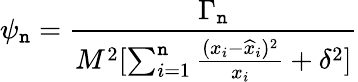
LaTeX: \psi_{\mathtt{n}}={\frac{{\Gamma_{\mathtt{n}}}}{{M^{2}[\sum_{i=1}^{\mathtt{n}}{\frac{{(x_{i}-{\widehat{x}}_{i})^{2}}}{{x_{i}}}}+\delta^{2}]}}}